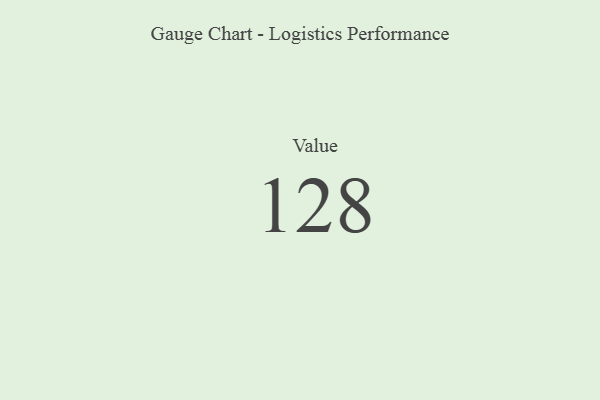
{"axis": {"x": "Metric", "y": "Value"}, "legend": [""], "data": [{"x": "Value", "y": 128, "type": ""}]}